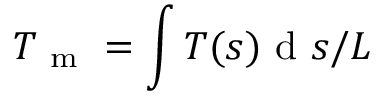
T _ { \mathrm { ~ m ~ } } = \int T ( s ) \mathrm { ~ d ~ } s / L